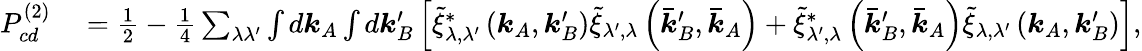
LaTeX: \begin{array}{rl}{P_{cd}^{(2)}}&{{}=\frac{1}{2}-\frac{1}{4}\sum_{\lambda\lambda^{\prime}}\int d\boldsymbol{k}_{A}\int d\boldsymbol{k}_{B}^{\prime}\left[\tilde{\xi}_{\lambda,\lambda^{\prime}}^{*}\left(\boldsymbol{k}_{A},\boldsymbol{k}_{B}^{\prime}\right)\tilde{\xi}_{\lambda^{\prime},\lambda}\left(\boldsymbol{\bar{k}}_{B}^{\prime},\boldsymbol{\bar{k}}_{A}\right)+\tilde{\xi}_{\lambda^{\prime},\lambda}^{*}\left(\boldsymbol{\bar{k}}_{B}^{\prime},\boldsymbol{\bar{k}}_{A}\right)\tilde{\xi}_{\lambda,\lambda^{\prime}}\left(\boldsymbol{k}_{A},\boldsymbol{k}_{B}^{\prime}\right)\right],}\end{array}